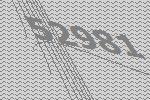
52981